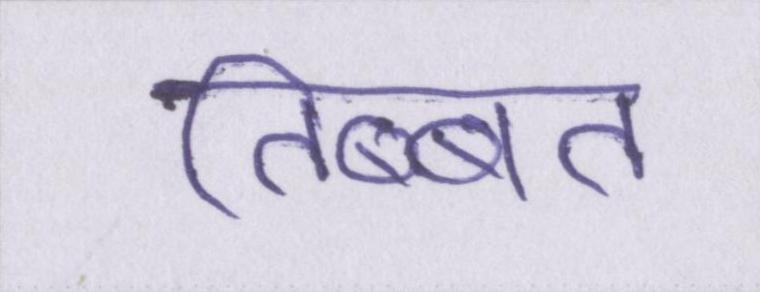
तिब्बत